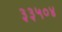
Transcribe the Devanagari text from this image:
३३५०४